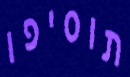
תוסיפו